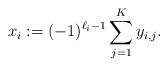
LaTeX: \begin{align*}x_i:=(-1)^{\ell_i-1}\sum_{j=1}^Ky_{i,j}.\end{align*}